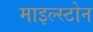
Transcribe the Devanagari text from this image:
माइल्स्टोन